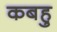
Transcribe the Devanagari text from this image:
कबहु